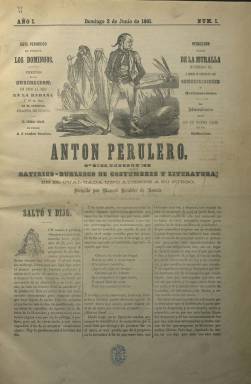
Título: Antón Perulero (La Habana)
Colección: Revistas satíricas y humorísticas || Periódicos
Ámbito geográfico: Cuba
Lugar de publicación: La Habana
Fechas: 02/06/1861-24/11/1861

Semanario humorístico y satírico del que fueron publicados sólo 26 números, desde el dos de junio al 24 de noviembre de 1861, con el subtítulo “periódico satírico-burlesco de costumbres y literatura, en el cual cada uno atiende a su juego”. Sus entregas son de ocho páginas, compuestas a tres columnas y con foliación continuada (280 p.), que fueron estampadas en la Imprenta de la Litografía del Gobierno, propiedad de Ricardo Caballero, en cuyo establecimiento estaba también la redacción y la administración. Bajo su título va indicado el nombre de su director: Manuel Hiráldez (en algunas referencias, Giráldez) de Acosta. Aparecía cada domingo e inserta textos en prosa y verso, ilustrados con grabados: chistes gráficos, caricaturas o escenas populares.

También su cabecera va a adornada con otro grabado, en donde aparece, en segundo plano, un “moro”, acompañado de su mujer e hijo. En su diccionario de seudónimos (1904), Hartzenbusch atribuye la fundación de este periódico al considerado “mejor y más desmandado” escritor satírico español del siglo XIX, el vallisoletano y antiguo “miliciano nacional” Juan Martínez Villergas (1817-1894), quien en sus diversos viajes de ida y vuelta a América había sido el artífice del primer periódico ilustrado satírico cubano: La Charanga (1857-1858), al que le siguió el también habanero El Moro Muza (1859-1876) en su primera época, título este que se corresponde con el principal seudónimo usado por el propio Villergas.

Cuando el escritor español marcha a México, dejará la edición El Moro Muza, en manos de Hiráldez, en donde era colaborador, por lo que, probablemente, debido a ello éste aparecerá después como director de este Antón Perulero, título que toma del personaje folclórico de una conocida canción infantil. De Hiráldez de Acosta poco se conoce, aunque se le atribuye la coautoría de dos tomos de una biografía militar y política del general Baldomero Espartero (1793-1879), editados en Barcelona en 1867. También este nombre aparecerá como profesor de dibujo en Sevilla. Hiráldez también había sido colaborador, junto a Villergas, del Liceo de la Habana (1857-1860), y después sería redactor del periódico madrileño La Nación (1864-1866). Así mismo, se le atribuye el seudónimo El Maestro Triquiñuelas.

Los textos en Antón Perulero van firmados por una serie de seudónimos, incluido el que da nombre al título del semanario. Otros son: Yo Aquí Pago Posada, Hizo de Torero y Bolero, Sopla Fuegos o Pateta. También aparecen ocasionalmente las firmas de Manuel Bretón de los Herreros (1796-1873) o de Aquilino de Arias y Albuerne. El semanario cuenta con algunas secciones fijas, como Efemérides, Perureladas o Sección chismográfica. Los dibujos no van firmados, pero se sabe que Francisco Cisneros fue el ilustrador de la primera época de El Muro Muza, y que, posteriormente, el dibujante bilbaíno Víctor Patricio Landaluze (1830-1889), acompañó a Villergas en su aventura periodística americana. El vallisoletano recuperaría, entre 1875 y 1876, en Buenos Aires, el título Antón Perulero, conociéndose de este periódico porteño cuarenta entregas.

En el último número de este cubano Antón Perulero comienza con un artículo bajo el epígrafe Me abro, anunciando también la suspensión del semanario –“hasta que vuelva el director”. Además de otra bibliografía sobre Martínez Villergas y su producción periodística, véase para este título los trabajos de García Castañeda (1972) y Andrea Roman (2014).